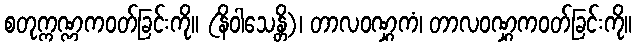
စတုက္ကဏ္ဏကဝတ်ခြင်းကို။ (နိဝါသေန္တိ)၊ တာလဝဏ္ဋကံ၊ တာလဝဏ္ဋကဝတ်ခြင်းကို။